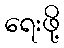
ရေးဖို့